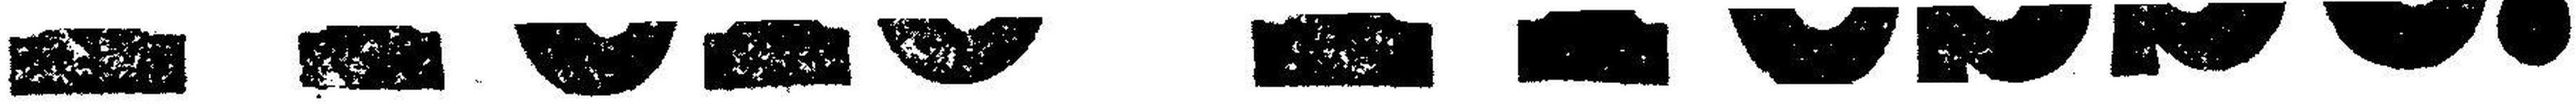
Freie Presse.